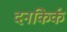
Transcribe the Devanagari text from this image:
दनकिर्क